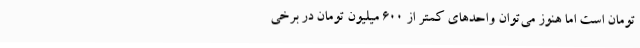
تومان است اما هنوز می‌توان واحدهای کمتر از ۶۰۰ میلیون تومان در برخی